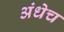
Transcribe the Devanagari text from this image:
अंधेच